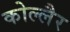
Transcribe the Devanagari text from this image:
कोल्लैर